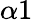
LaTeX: \alpha 1